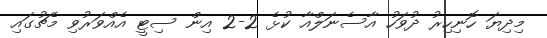
މިދިޔަ ހޮނިހިރު ދުވަހު އާސެނަލްއާ ކުޅެ 2-2 އިން ސިޓީ އެއްވަރުވި މެޗުގައި